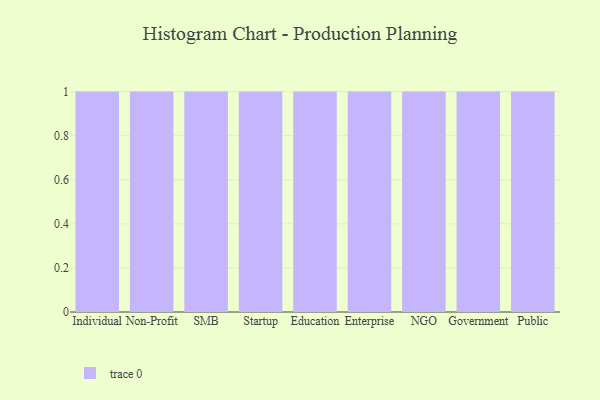
{"axis": {"x": "Segment", "y": "Budget (USD K)"}, "legend": [""], "data": [{"x": "Individual", "y": 39, "type": ""}, {"x": "Non-Profit", "y": 70, "type": ""}, {"x": "SMB", "y": 92, "type": ""}, {"x": "Startup", "y": 45, "type": ""}, {"x": "Education", "y": 61, "type": ""}, {"x": "Enterprise", "y": 53, "type": ""}, {"x": "NGO", "y": 19, "type": ""}, {"x": "Government", "y": 92, "type": ""}, {"x": "Public", "y": 81, "type": ""}]}